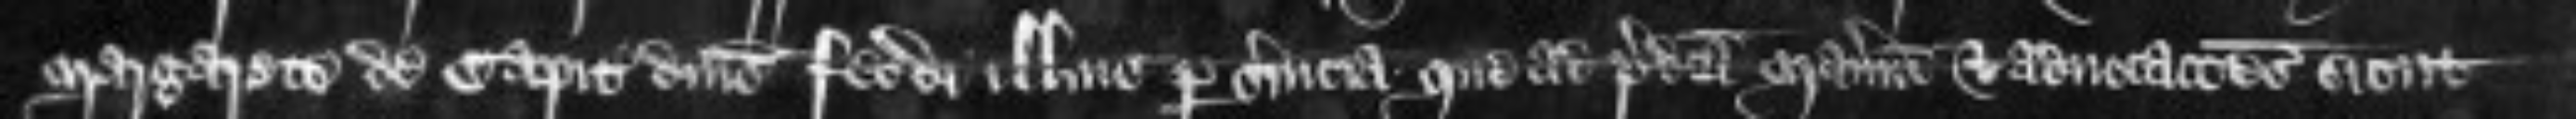
Margarete de capitalibus dominis feodi illius per servicia que ad predicta maneria et advocationes sicut